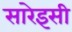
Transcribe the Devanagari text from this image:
सारेइसी